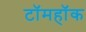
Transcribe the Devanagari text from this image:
टॉमहॉक